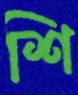
শি